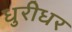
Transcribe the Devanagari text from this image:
धुरीधर